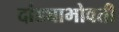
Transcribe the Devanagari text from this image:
दांड्याभोवती